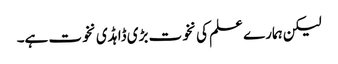
لیکن ہمارے علم کی نخوت بڑی ڈاہڈی نخوت ہے۔